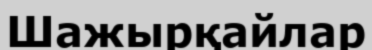
Шажырқайлар